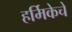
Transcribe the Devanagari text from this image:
हर्मिकेचे